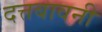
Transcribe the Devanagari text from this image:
दत्तबावनी